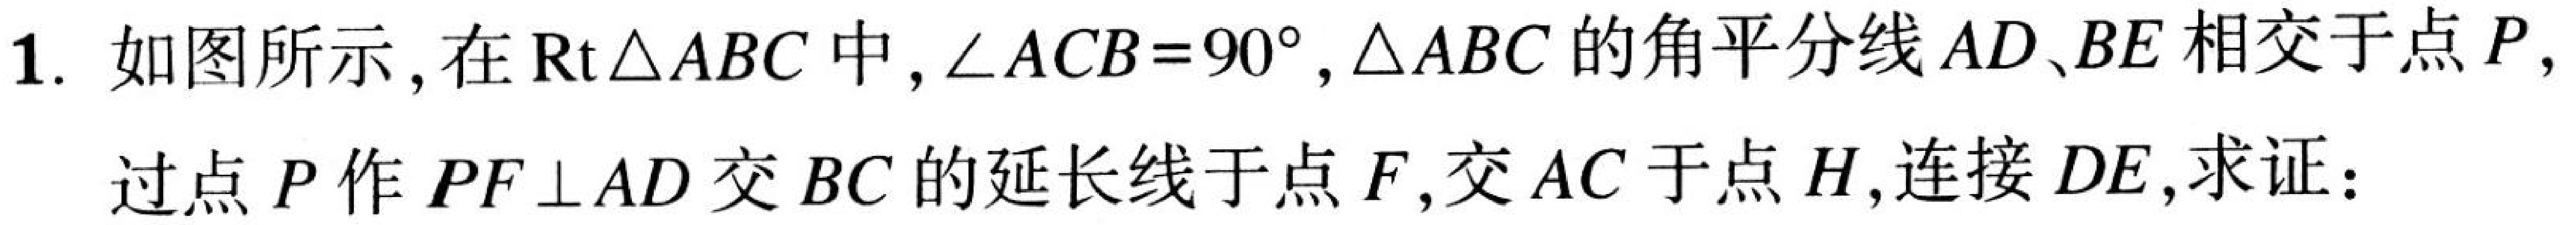
1. 如图所示，在\(\text{Rt}\triangle ABC\)中，\(\angle ACB = 90^{\circ}\)，\(\triangle ABC\)的角平分线\(AD、BE\)相交于点\(P\)，
过点\(P\)作\(PF\perp AD\)交\(BC\)的延长线于点\(F\)，交\(AC\)于点\(H\)，连接\(DE\)，求证：